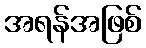
အရန်အဖြစ်